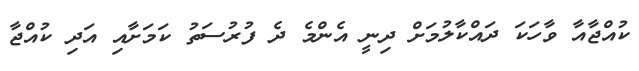
ކުއްޖާއާ ވާހަކަ ދައްކާލުމަށް ދިނީ އެންމެ ދެ ފުރުސަތު ކަމަށާއި އަދި ކުއްޖާ